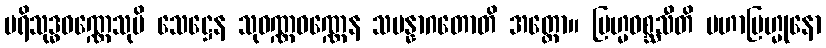
ပရိသုဒ္ဓဝဏ္ဏေသုပိ သေဋ္ဌေန သုဝဏ္ဏဝဏ္ဏေန သမန္နာဂတောတိ အတ္ထော။ ဗြဟ္မဝစ္ဆသီတိ မဟာဗြဟ္မုနော